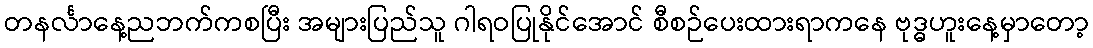
တနင်္လာနေ့ညဘက်ကစပြီး အများပြည်သူ ဂါရဝပြုနိုင်အောင် စီစဉ်ပေးထားရာကနေ ဗုဒ္ဓဟူးနေ့မှာတော့